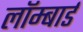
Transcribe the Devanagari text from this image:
लॉम्बार्ड